画像に写った文字を読んでください
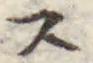
「ス」と書いてあります